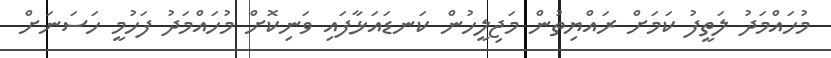
މުހައްމަދު ލަތީފު ކަމަށް ރައްޔިތުން މަޖިލީހުން ކަނޑައަޅާފައި ވަނިކޮށް މުހައްމަދު ފަހުމީ ހަސަނަށް